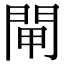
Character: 閘